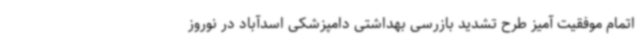
اتمام موفقیت آمیز طرح تشدید بازرسی بهداشتی دامپزشکی اسدآباد در نوروز